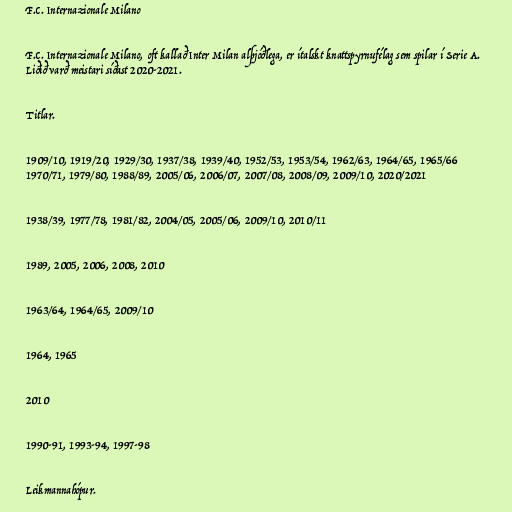
F.C. Internazionale Milano

F.C. Internazionale Milano, oft kallað Inter Milan alþjóðlega, er ítalskt knattspyrnufélag sem spilar í Serie A.
Liðið varð meistari síðast 2020-2021.

Titlar.

1909/10, 1919/20, 1929/30, 1937/38, 1939/40, 1952/53, 1953/54, 1962/63, 1964/65, 1965/66
1970/71, 1979/80, 1988/89, 2005/06, 2006/07, 2007/08, 2008/09, 2009/10, 2020/2021

1938/39, 1977/78, 1981/82, 2004/05, 2005/06, 2009/10, 2010/11

1989, 2005, 2006, 2008, 2010

1963/64, 1964/65, 2009/10

1964, 1965

2010

1990-91, 1993-94, 1997-98

Leikmannahópur.